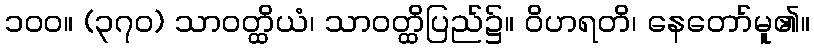
၁၀၀။ (၃၇၀) သာဝတ္ထိယံ၊ သာဝတ္ထိပြည်၌။ ဝိဟရတိ၊ နေတော်မူ၏။